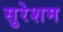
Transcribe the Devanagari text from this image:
सुरेशम